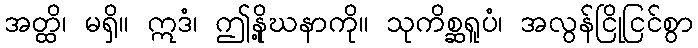
အတ္ထိ၊ မရှိ။ ဣဒံ၊ ဤနို့ဃနာကို။ သုကိစ္ဆရူပံ၊ အလွန်ငြိုငြင်စွာ